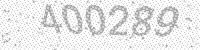
Solution: 400289